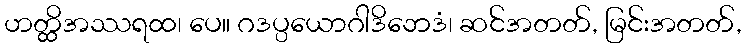
ဟတ္ထိအဿရထ၊ ပေ။ ဂဒပ္ပယောဂါဒိဘေဒံ၊ ဆင်အတတ်, မြင်းအတတ်,